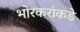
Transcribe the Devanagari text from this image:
भोरकरांकडे